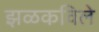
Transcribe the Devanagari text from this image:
झळकविले